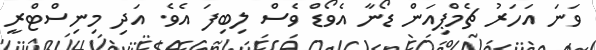
ވަނަ އަހަރު ޗެމްޕިއަން ޑޯނާ އެވޯޑް ވެސް ލިބިފަ އެވެ. އަދި މިނިސްޓްރީ